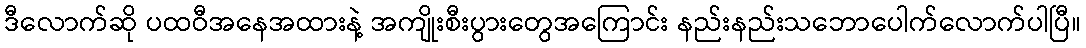
ဒီလောက်ဆို ပထဝီအနေအထားနဲ့ အကျိုးစီးပွားတွေအကြောင်း နည်းနည်းသဘောပေါက်လောက်ပါပြီ။